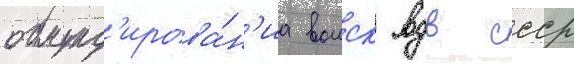
обмунд'ирова́н'иа воиск вдв ссср